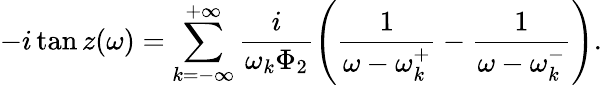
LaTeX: -i\tan z(\omega)=\sum_{k=-\infty}^{+\infty}\frac{i}{\omega_{k}\Phi_{2}}\left(\frac{1}{\omega-\omega_{k}^{+}}-\frac{1}{\omega-\omega_{k}^{-}}\right).